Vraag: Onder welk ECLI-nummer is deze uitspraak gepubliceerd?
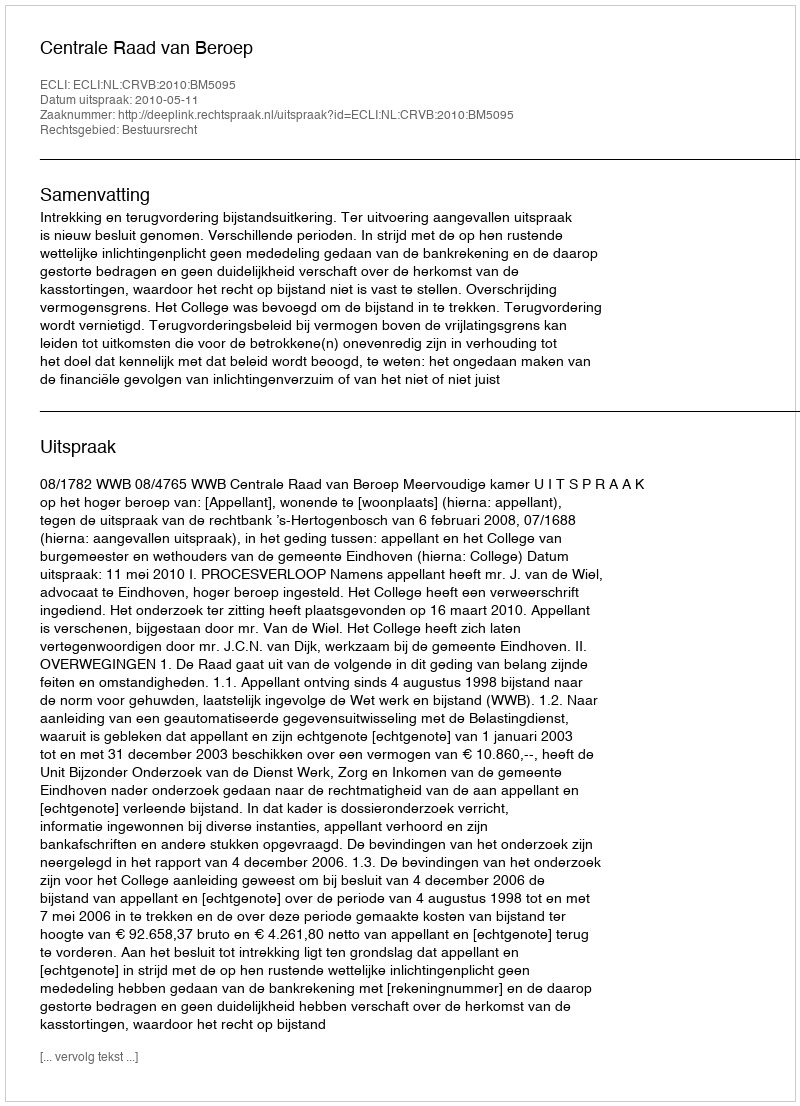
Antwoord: ECLI:NL:CRVB:2010:BM5095